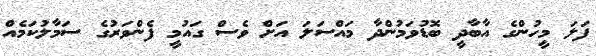
ފަލަ މީހުންގެ އާބާދީ ބޮޑުވަމުންދާ މައްސަލަ އަށް ވެސް ގައުމީ ފެންވަރުގެ ސަމާލުކަމެއް